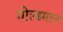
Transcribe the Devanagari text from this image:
गोल्डमान